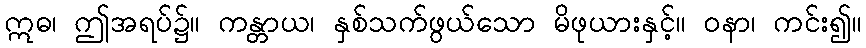
ဣဓ၊ ဤအရပ်၌။ ကန္တာယ၊ နှစ်သက်ဖွယ်သော မိဖုယားနှင့်။ ဝနာ၊ ကင်း၍။